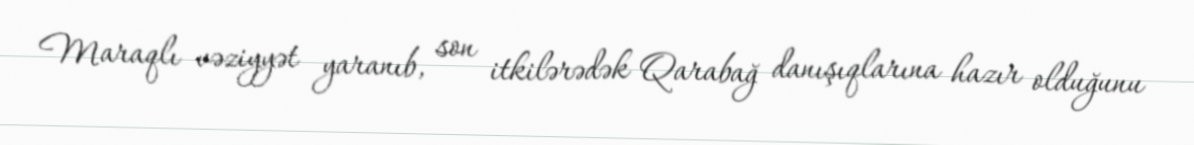
Maraqlı vəziyyət yaranıb, son itkilərədək Qarabağ danışıqlarına hazır olduğunu